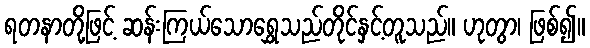
ရတနာတို့ဖြင့် ဆန်းကြယ်သောရွှေသည်တိုင်နှင့်တူသည်။ ဟုတွာ၊ ဖြစ်၍။